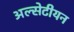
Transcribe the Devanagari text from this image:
अल्सेटीयन